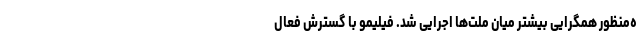
ه‌منظور همگرایی بیشتر میان ملت‌ها اجرایی شد. فیلیمو با گسترش فعال